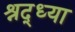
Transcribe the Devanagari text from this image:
श्रद्ध्या